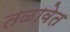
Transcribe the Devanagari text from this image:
तळावेत